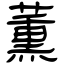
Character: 薫